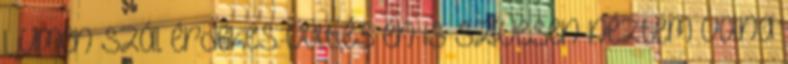
Lumen szál érdekes volt,és én is szívesen néztem volna